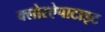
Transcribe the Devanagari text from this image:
क्लोरऐपाटाइट